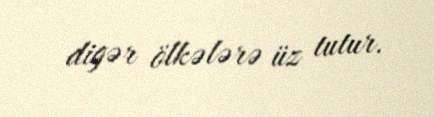
digər ölkələrə üz tutur.